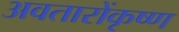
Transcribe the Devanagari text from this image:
अवतारोंकृष्ण